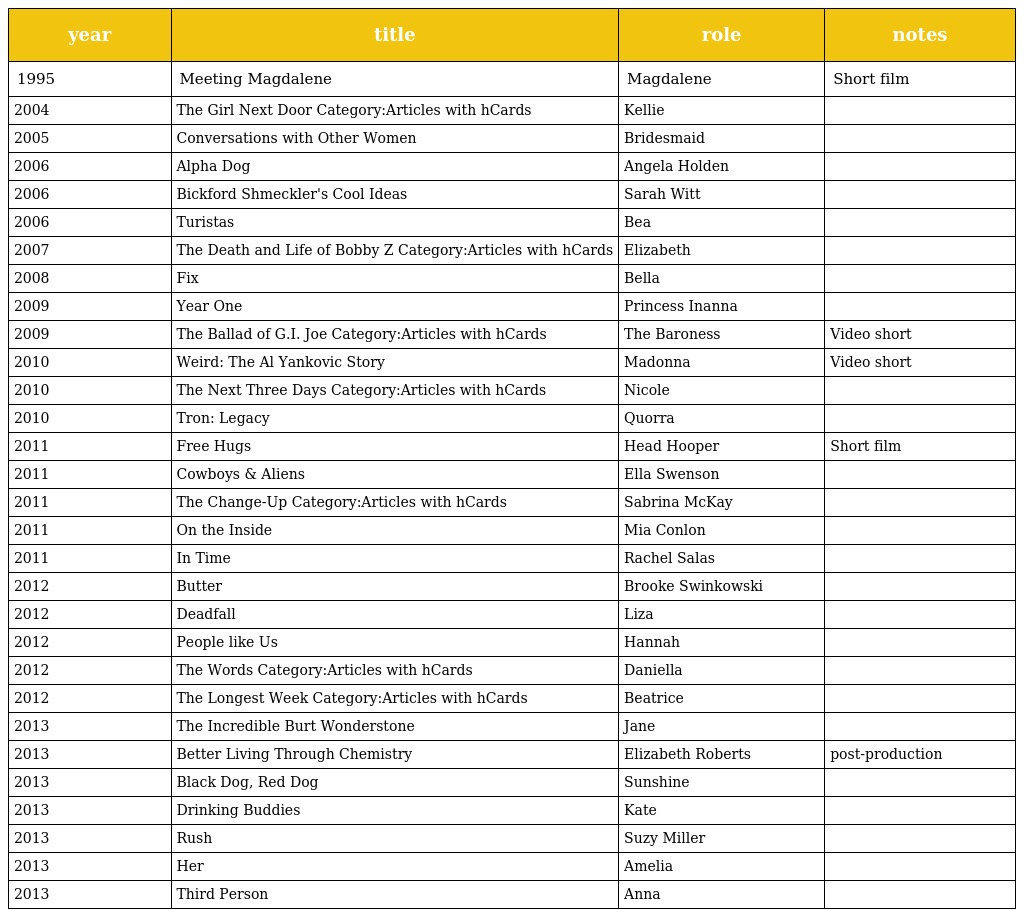
| year | title | role | notes |
 | --- | --- | --- | --- |
 | 1995 | Meeting Magdalene | Magdalene | Short film |
 | 2004 | The Girl Next Door Category:Articles with hCards | Kellie |  |
 | 2005 | Conversations with Other Women | Bridesmaid |  |
 | 2006 | Alpha Dog | Angela Holden |  |
 | 2006 | Bickford Shmeckler's Cool Ideas | Sarah Witt |  |
 | 2006 | Turistas | Bea |  |
 | 2007 | The Death and Life of Bobby Z Category:Articles with hCards | Elizabeth |  |
 | 2008 | Fix | Bella |  |
 | 2009 | Year One | Princess Inanna |  |
 | 2009 | The Ballad of G.I. Joe Category:Articles with hCards | The Baroness | Video short |
 | 2010 | Weird: The Al Yankovic Story | Madonna | Video short |
 | 2010 | The Next Three Days Category:Articles with hCards | Nicole |  |
 | 2010 | Tron: Legacy | Quorra |  |
 | 2011 | Free Hugs | Head Hooper | Short film |
 | 2011 | Cowboys & Aliens | Ella Swenson |  |
 | 2011 | The Change-Up Category:Articles with hCards | Sabrina McKay |  |
 | 2011 | On the Inside | Mia Conlon |  |
 | 2011 | In Time | Rachel Salas |  |
 | 2012 | Butter | Brooke Swinkowski |  |
 | 2012 | Deadfall | Liza |  |
 | 2012 | People like Us | Hannah |  |
 | 2012 | The Words Category:Articles with hCards | Daniella |  |
 | 2012 | The Longest Week Category:Articles with hCards | Beatrice |  |
 | 2013 | The Incredible Burt Wonderstone | Jane |  |
 | 2013 | Better Living Through Chemistry | Elizabeth Roberts | post-production |
 | 2013 | Black Dog, Red Dog | Sunshine |  |
 | 2013 | Drinking Buddies | Kate |  |
 | 2013 | Rush | Suzy Miller |  |
 | 2013 | Her | Amelia |  |
 | 2013 | Third Person | Anna |  |